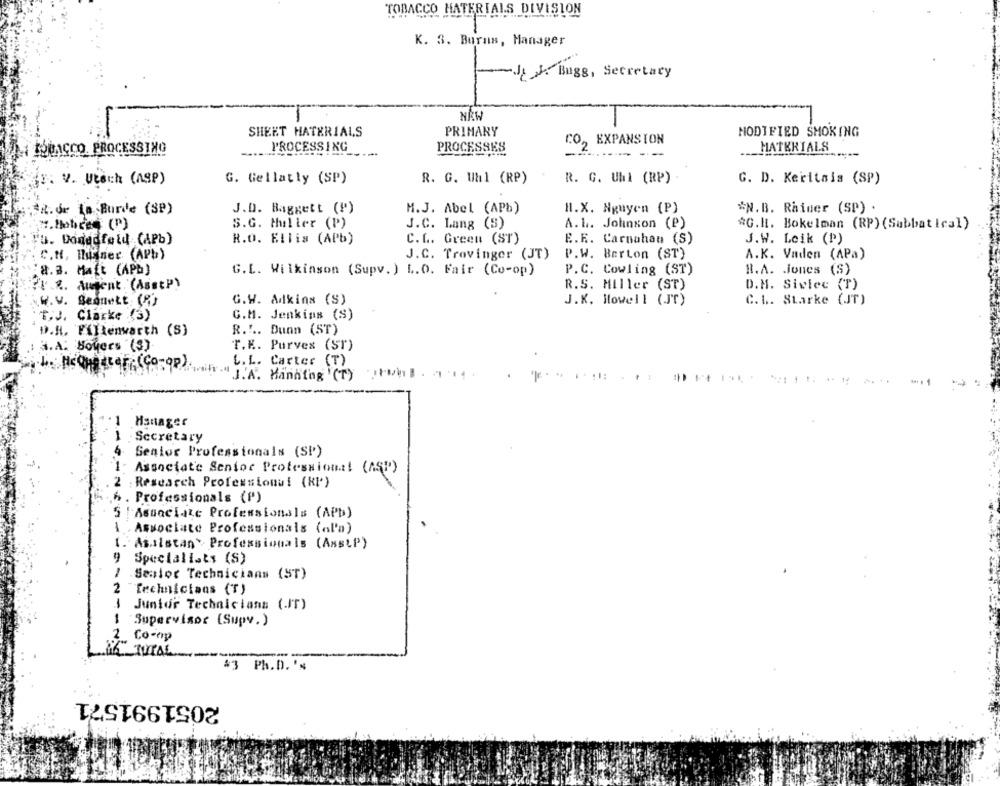
TOBACCO MATERIALS DIVISION
K. 3. Burns, Manager
JEJ Bugs, Secretary
NEW
SHEET HATERIALS
PRIMARY
MODIFIED SMOKING
CO, EXPANSION
IOPACCO. PROCESSING
PROCESSING
PROCESSES
MATERIALS
(T. V. Utsch (ASP)
G. Gellatty (SP)
R. G. Uhl (RP)
R. G. Uhl (RP)
G. D. Keritais (SP)
SR.dr La Burde (SP)
J.D. Baggett (F)
M.J. Abel (APb)
Hl.X. Nguyen (P)
#N.B. Rainer (SP) .
.Mobce (P)
S.G. Huller (P)
J.C. Lang (S)
A.L. Johnson (P)
*G.H. Bokelman (RP) (Sabbatical)
"u. Domedfeld (APb)
R.O. Ellis (APb)
C.L. Green (ST)
E.E. Carnahan (S)
J.W. Leik (P)
C.H. Inner (APb)
J.C. Travinger (JT)
P.W. Berton (ST)
A.K. Vaden (APa)
8.3. Mait (APD)
G.L. Wilkinson (Supv. ) L.O. Fair (Co-op)
P.C. Cowling (ST)
R.A. jones (S)
Pr ... Amient (Asstp)
R.S. Miller (ST)
D.H. Siwiec (T)
G.W. Adkins (S)
C. L. Starke (JT)
W.v. Bennett: (R)
J.K. Howell (JT)
C.M. Jenkins (S)
T.J. Clarke (3)
D.H. Fillenwarth (S)
R.Y .. Dunn (ST)
3.A. Boyers "($)
T.E. Purves (ST)
L.L. Carter (T)
0-op)
J.A. Hanatag "(T)
Manager
1 .Secretary
Senior Professionals (SP)
Associate Senior Professional (ASP)
2 . Research Professionwi (KP)
6 . Professionals (P)
5 | Associate Professionals (APb)
1.Associate Professionals (al'a)
1.Asaistan" Professionals (AsstP)
Specialists (S)
1
.Senior Technicians (ST)
2 Technicians (T)
1
Junior Technicians (.IT)
-
Supervisor (Supv.)
Co-op
HA TOTAL
#3 Ph.D. 's
2051991571